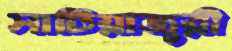
সাটিয়াজুরী